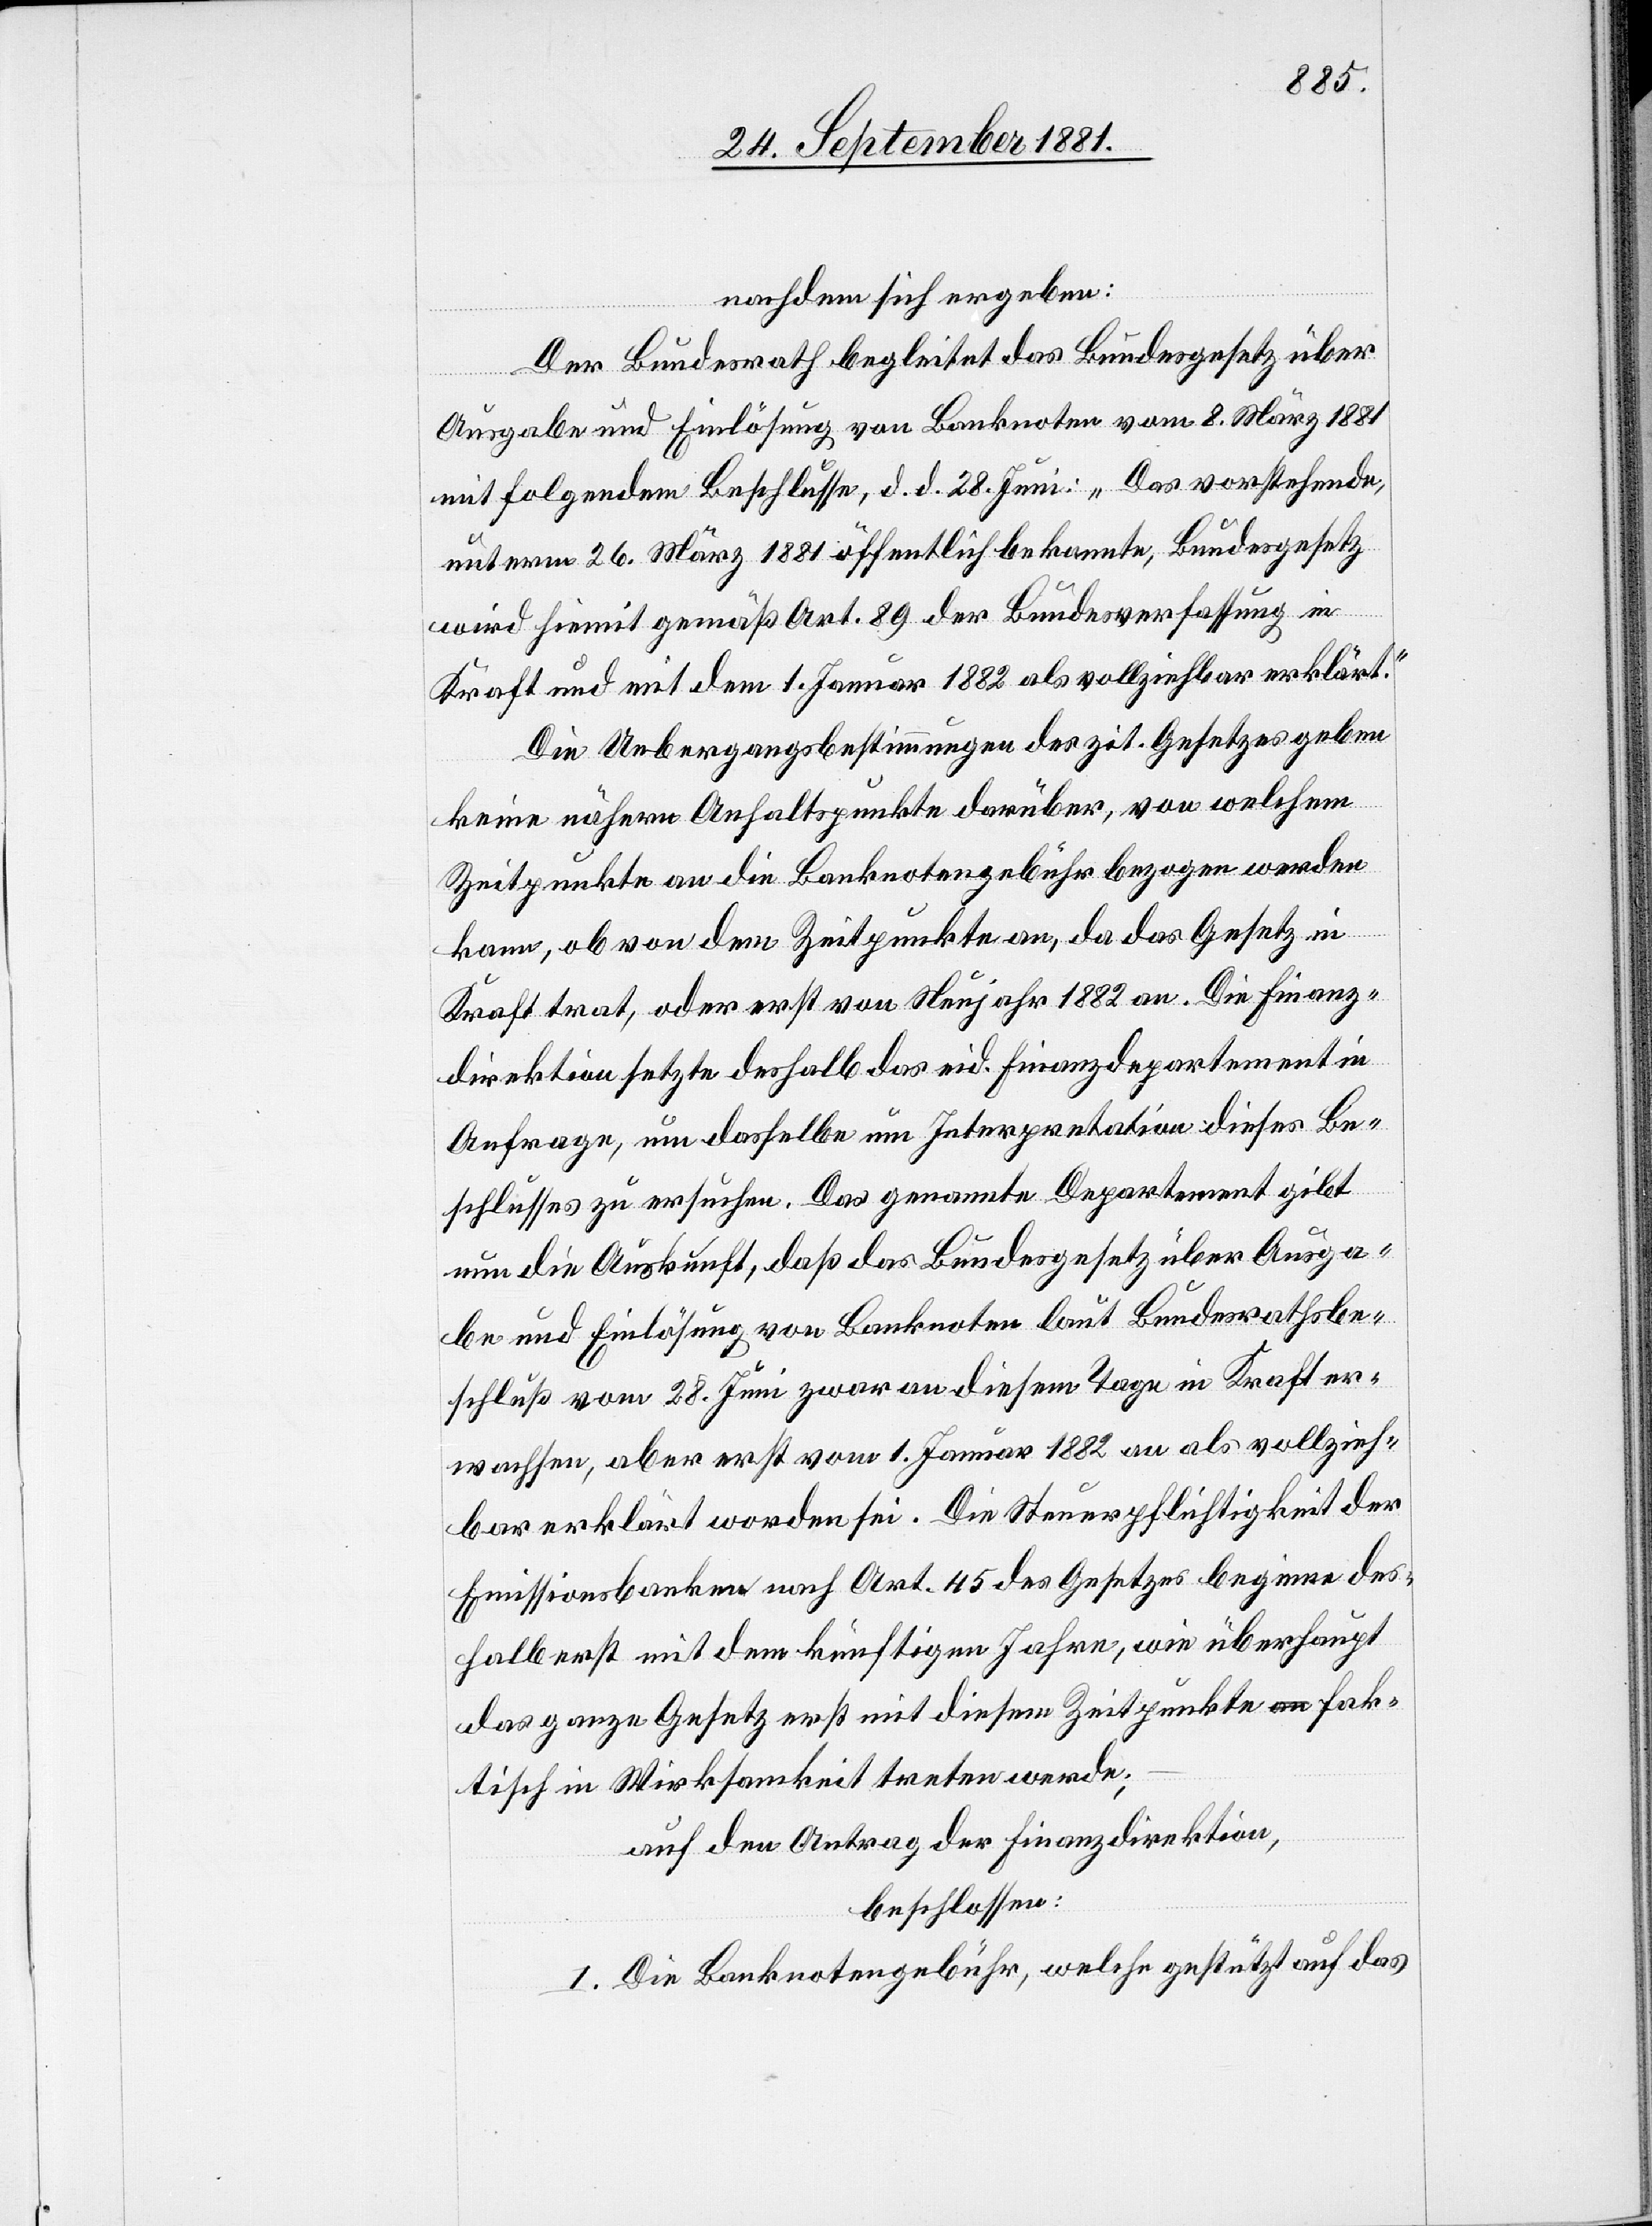
nachdem sich ergeben:
Der Bundesrath begleitet das Bundesgesetz über
Ausgabe und Einlösung von Banknoten vom 8. März 1881
mit folgendem Beschlusse, d. d. 28. Juni: „Das vorstehende,
unterm 26. März 1881 öffentlich bekannte, Bundesgesetz
wird hiemit gemäß Art. 89 der Bundesverfassung in
Kraft und mit dem 1. Januar 1882 als vollziehbar erklärt.“
Die Uebergangsbestimmungen des zit. Gesetzes geben
keine nähern Anhaltspunkte darüber, von welchem
Zeitpunkte an die Banknotengebühr gezogen werden
kann, ob von dem Zeitpunkte an, da das Gesetz in
Kraft trat, oder erst von Neujahr 1882 an. Die Finanz¬
direktion setzte deshalb das eid. Finanzdepartement in
Anfrage, um dasselbe um Interpretation dieses Be¬
schlusses zu ersuchen. Das genannte Departement gibt
nun die Auskunft, daß das Bundesgesetz über Ausga¬
be und Einlösung von Banknoten laut Bundesrathsbe¬
schluß vom 28. Juni zwar an diesem Tage in Kraft er¬
wachsen, aber erst vom 1. Januar 1882 an als vollzieh¬
bar erklärt worden sei. Die Steuerpflichtigkeit der
Emissionsbanken nach Art. 45 des Gesetzes beginnen des¬
halb erst mit dem künftigen Jahre, wie überhaupt
das ganze Gesetz erst mit diesem Zeitpunkte fak¬
tisch in Wirksamkeit treten werde;
auf den Antrag der Finanzdirektion,
beschlossen:
I. Die Banknotengebühr, welche gestützt auf das